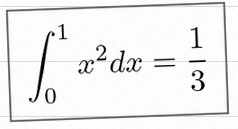
\int_0^1 x^2dx=\frac13